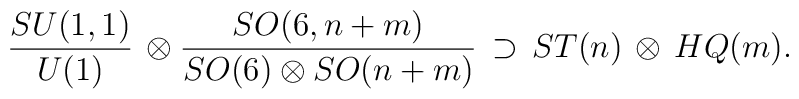
{{SU(1,1)}\over{U(1)}}\, \otimes {{SO(6,n+m)}\over{SO(6)\otimes SO(n+m)}}  \,\supset  \, ST(n) \, \otimes \, HQ(m).